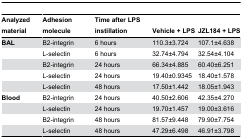
| Analyzed material | Adhesion molecule | Time after LPS instillation | Vehicle + LPS | JZL184 + LPS |
 | --- | --- | --- | --- | --- |
 | BAL | Β2-integrin | 6 hours | 110.3±3.724 | 107.1±4.638 |
 |  | L-selectin | 6 hours | 32.74±4.794 | 32.54±4.104 |
 |  | Β2-integrin | 24 hours | 66.34±4.885 | 60.40±6.251 |
 |  | L-selectin | 24 hours | 19.40±0.9345 | 18.40±1.578 |
 |  | L-selectin | 48 hours | 17.50±1.442 | 18.05±1.943 |
 | Blood | Β2-integrin | 24 hours | 40.50±2.606 | 42.35±4.270 |
 |  | L-selectin | 24 hours | 19.70±1.457 | 19.00±3.616 |
 |  | Β2-integrin | 48 hours | 81.57±9.448 | 79.90±7.754 |
 |  | L-selectin | 48 hours | 47.29±6.498 | 46.91±3.798 |